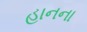
હાનના